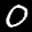
Label: 0